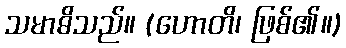
သမာဓိသည်။ (ဟောတိ၊ ဖြစ်၏။)